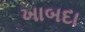
ખાબદા